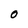
Character: O